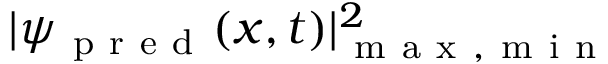
| \psi _ { \mathrm { ~ p ~ r ~ e ~ d ~ } } ( x , t ) | _ { \mathrm { ~ m ~ a ~ x ~ , ~ m ~ i ~ n ~ } } ^ { 2 }